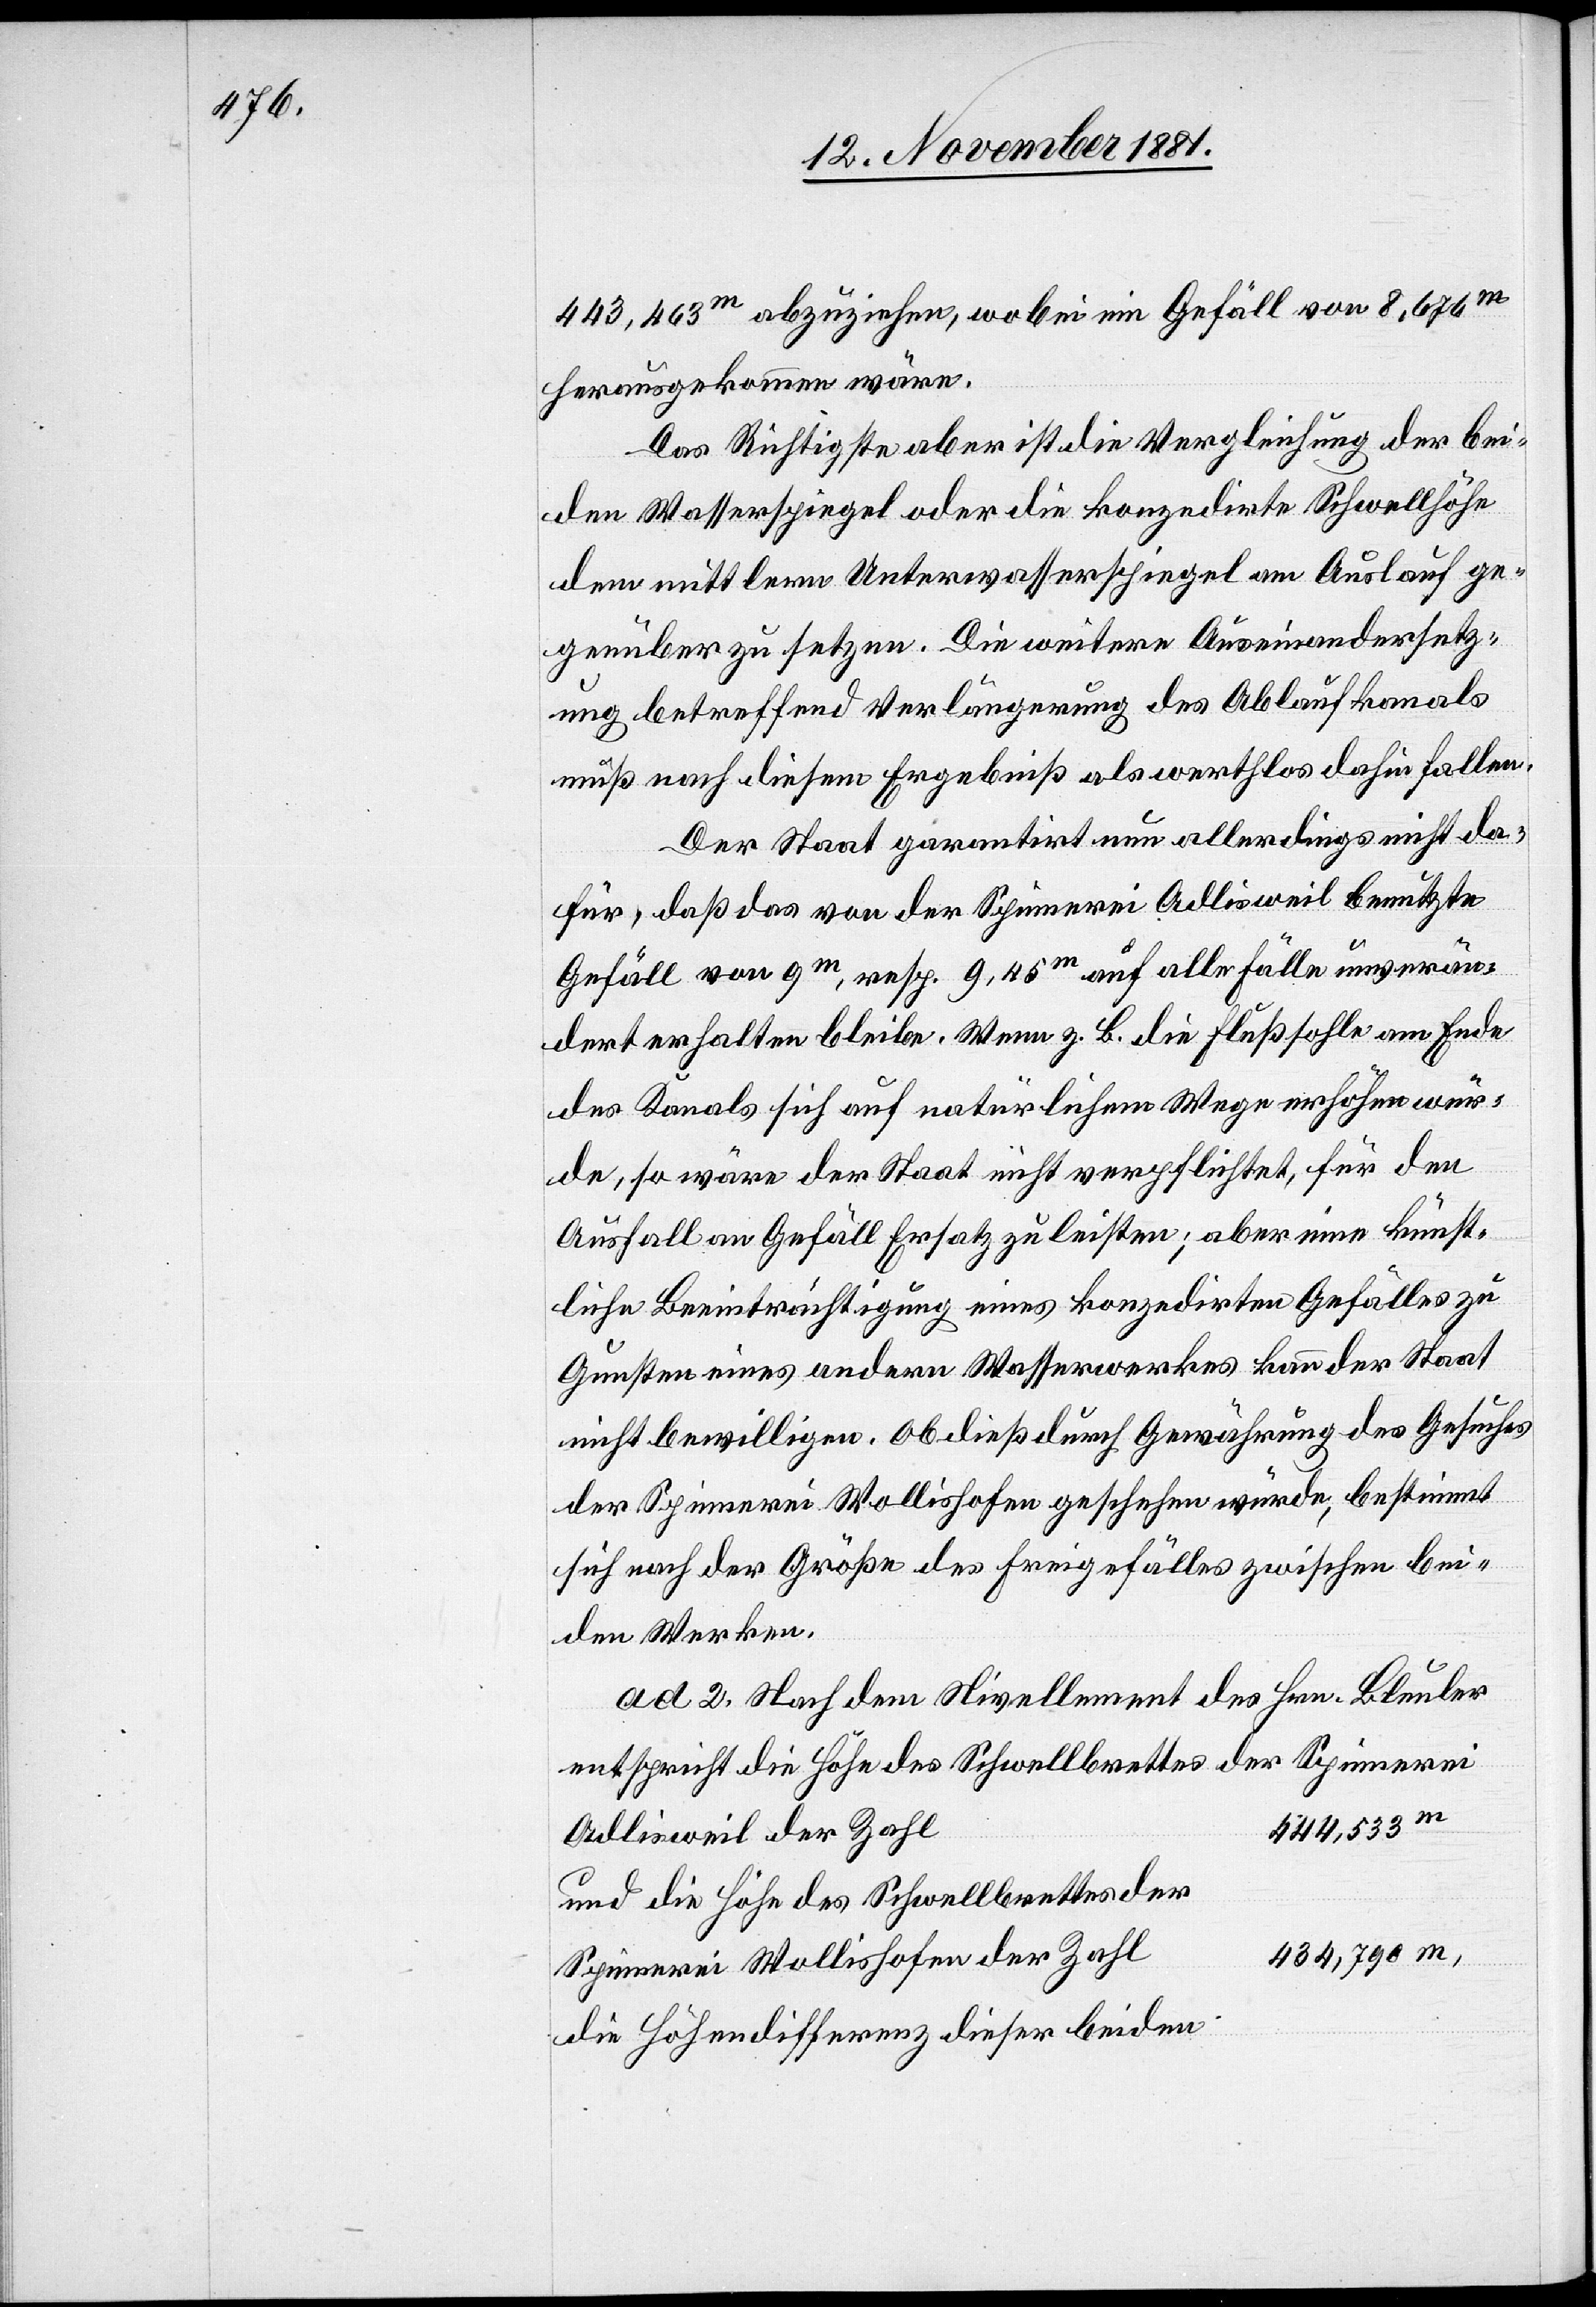
443,463m abzuziehen, wobei ein Gefäll von 8,646m
herausgekommen wäre.
Das Richtigste aber ist die Vergleichung der bei¬
den Wasserspiegel oder die konzedirte Schwellhöhe
dem mittlern Unterwasserspiegel am Auslauf ge¬
genüber zu setzen. Die weitere Auseinandersetz¬
ung betreffend Verlängerung des Ablaufkanals
muß nach diesem Ergebniß als werthlos dahin fallen.
Der Staat garantirt nun allerdings nicht da¬
für, daß das von der Spinnerei Adlisweil benutzte
Gefäll von 9m, resp. 9,45m auf alle Fälle unverän¬
dert erhalten bleibe. Wenn z. B. die Flußsohle am Ende
des Kanals sich auf natürlichem Wege erhöhen wür¬
de, so wäre der Staat nicht verpflichtet, für den
Ausfall an Gefäll Ersatz zu leisten; aber eine künst¬
liche Beeinträchtigung eines konzedirten Gefälles zu
Gunsten eines andern Wasserwerkes kann der Staat
nicht bewilligen. Ob dieß durch Gewährung des Gesuches
der Spinnerei Wollishofen geschehen würde, bestimmt
sich nach der Größe des Freigefälles zwischen bei¬
den Werken.
ad 2. Nach dem Nivellement des Hrn. Bleuler
entspricht die Höhe des Schwellbrettes der Spinnerei
und die Höhe des Schwellbrettes der
l	434,790m,
Spinnerei Wollishofen der Zah¬
die Höhendifferenz dieser beiden